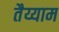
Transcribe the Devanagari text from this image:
तैय्याम